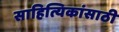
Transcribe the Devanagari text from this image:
साहित्यिकांसाठी